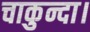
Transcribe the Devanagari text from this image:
चाकुन्दा।